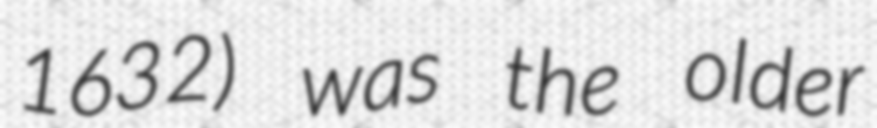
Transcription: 1632) was the older